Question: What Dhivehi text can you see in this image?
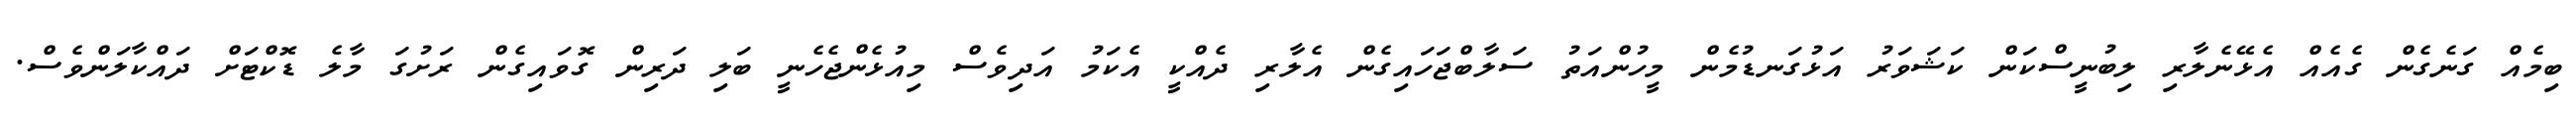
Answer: ބިމެއް ގަނެގެން ގެއެއް އެޅޭނެލާރި ލިބުނީސްކަން ކަޝަވަރު އަޅުގަނޑުމެން މީހުންއަތު ސަލާބްޖަހައިގެން އެލާރި ދެއްކީ އެކަމު އަދިވެސް މިއުޅެންޖެހެނީ ބަލި ދަރިން ގޮވައިގެން ރަށުގަ މާލެ ޑޮކްޓަށް ދައްކާލަންވެސް.